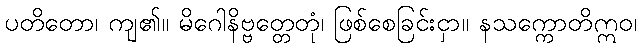
ပတိတော၊ ကျ၏။ မိဂေါနိဗ္ဗတ္တေတုံ၊ ဖြစ်စေခြင်းငှာ။ နသက္ကောတိဣဝ၊